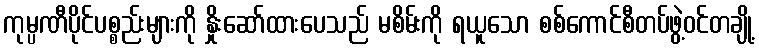
ကုမ္ပဏီပိုင်ပစ္စည်းများကို နှိုးဆော်ထားပေသည် မစိမ်းကို ရယူသော စစ်ကောင်စီတပ်ဖွဲ့ဝင်တချို့